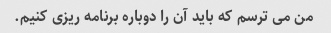
من می ترسم که باید آن را دوباره برنامه ریزی کنیم.